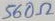
Text: 560Ω